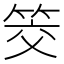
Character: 筊